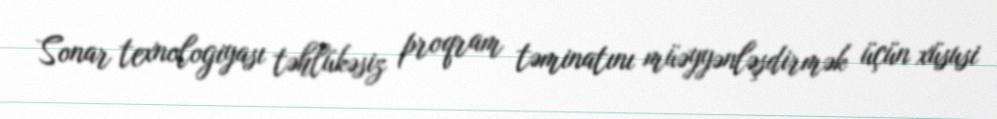
Sonar texnologiyası təhlükəsiz proqram təminatını müəyyənləşdirmək üçün xüsusi